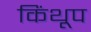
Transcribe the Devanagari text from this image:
किंथूप